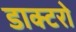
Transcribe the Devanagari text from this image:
डाक्टरो